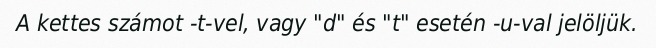
A kettes számot -t-vel, vagy "d" és "t" esetén -u-val jelöljük.